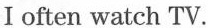
I often watch TV.